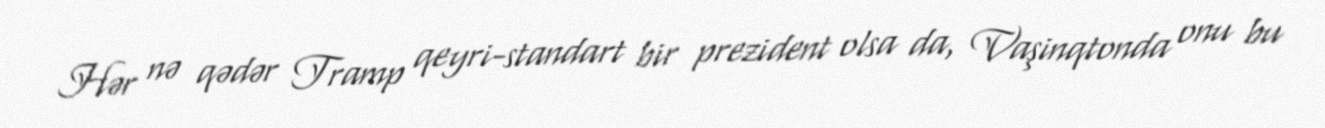
Hər nə qədər Tramp qeyri-standart bir prezident olsa da, Vaşinqtonda onu bu